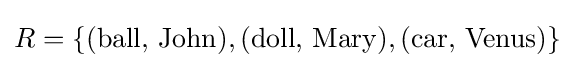
R=\{({\text{ball, John}}),({\text{doll, Mary}}),({\text{car, Venus}})\}